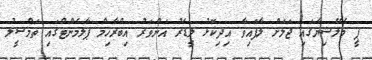
ޕީ މެލޭޝިޔާގައި ޖަލަށް ލާފައިވާ އިދިކޮޅު ލީޑަރު އަންވަރު އިބްރާހިމް ޕާލަމެންޓްގައި ތަމްސީލު